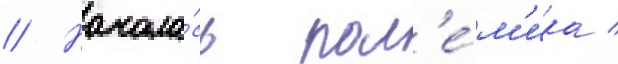
// Начала́сь пол'е́м'ика /